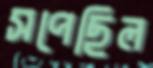
সপেছিল